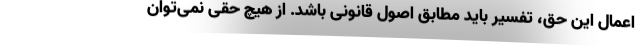
اعمال این حق، تفسیر باید مطابق اصول قانونی باشد. از هیچ حقی نمی‌توان